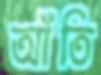
আঁতি